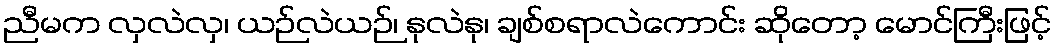
ညီမက လှလဲလှ၊ ယဉ်လဲယဉ်၊ နုလဲနု၊ ချစ်စရာလဲကောင်း ဆိုတော့ မောင်ကြီးဖြင့်